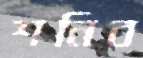
শনিব